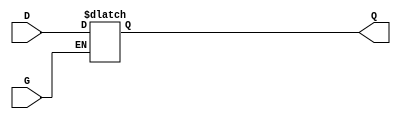
module gated_latch (
    input wire D,    // Data input
    input wire G,    // Gate (enable) signal
    output reg Q     // Output
);

    always @(*) begin
        if (G) begin
            Q = D;   // When G is high, output follows input
        end
        // When G is low, Q retains its last value (latch behavior)
    end

endmodule